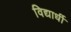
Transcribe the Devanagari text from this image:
विद्यार्धी